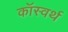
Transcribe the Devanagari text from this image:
कॉस्वर्थ